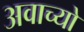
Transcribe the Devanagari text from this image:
अवाच्यो